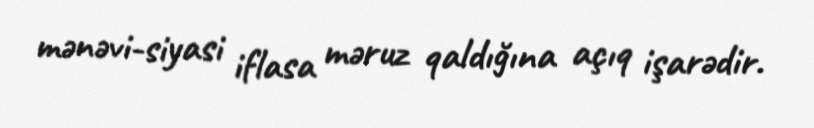
mənəvi-siyasi iflasa məruz qaldığına açıq işarədir.